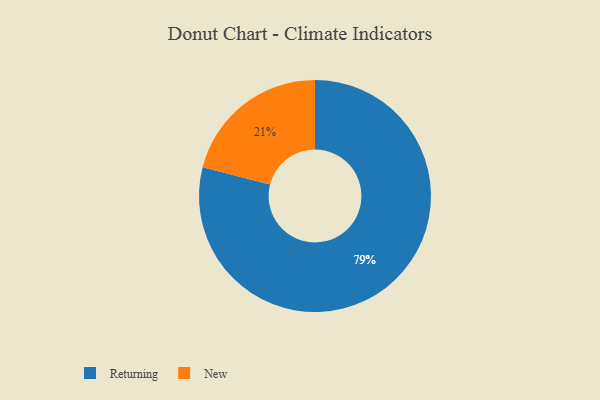
{"axis": {"x": "Category", "y": "Percentage"}, "legend": ["New", "Returning"], "data": [{"x": "Returning", "y": 79, "type": "Returning"}, {"x": "New", "y": 21, "type": "New"}]}